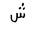
Letter: _shin